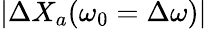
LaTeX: |\Delta X_{a}(\omega_{0}=\Delta\omega)|